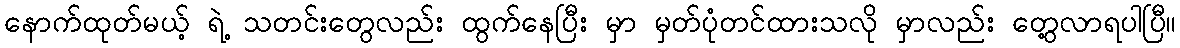
နောက်ထုတ်မယ့် ရဲ့ သတင်းတွေလည်း ထွက်နေပြီး မှာ မှတ်ပုံတင်ထားသလို မှာလည်း တွေ့လာရပါပြီ။